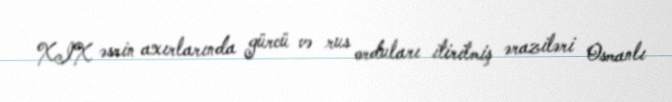
XIX əsrin axırlarında gürcü və rus orduları itirilmiş əraziləri Osmanlı